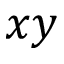
x y